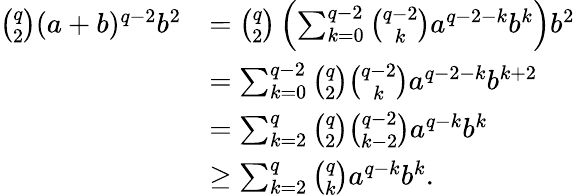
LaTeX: \begin{array}{rl}{\binom{q}{2}(a+b)^{q-2}b^{2}}&{=\binom{q}{2}\left(\sum_{k=0}^{q-2}\binom{q-2}{k}a^{q-2-k}b^{k}\right)b^{2}}\\ &{=\sum_{k=0}^{q-2}\binom{q}{2}\binom{q-2}{k}a^{q-2-k}b^{k+2}}\\ &{=\sum_{k=2}^{q}\binom{q}{2}\binom{q-2}{k-2}a^{q-k}b^{k}}\\ &{\geq\sum_{k=2}^{q}\binom{q}{k}a^{q-k}b^{k}.}\end{array}